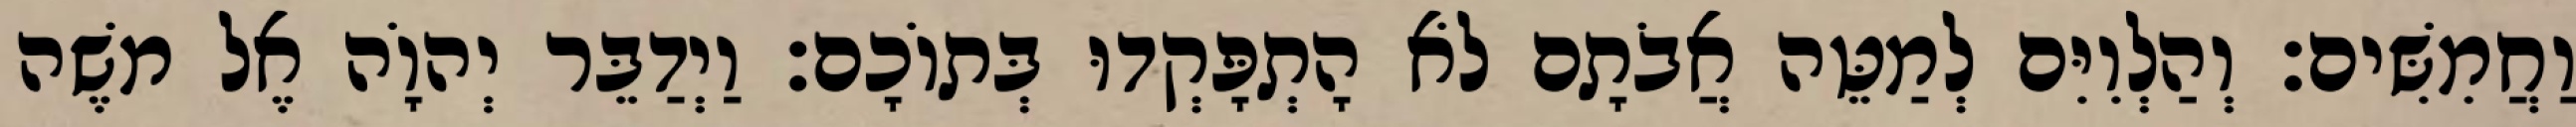
וַחֲמִשִּׁים׃ וְהַלְוִיִּם לְמַטֵּה אֲבֹתָם לֹא הָתְפָּקְדוּ בְּתוֹכָם׃ וַיְדַבֵּר יְהוָֹה אֶל משֶׁה